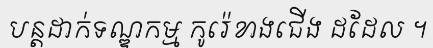
បន្តដាក់ទណ្ឌកម្ម កូរ៉េខាងជើង ដដែល ។